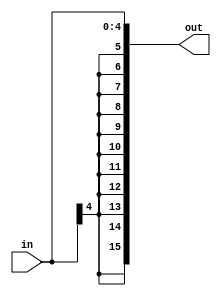
//Still need to verify this works
module sign_extend5bit(in, out);
  
  input [4:0] in;
  output [15:0] out;

  assign out = {{11{in[4]}},in};

endmodule